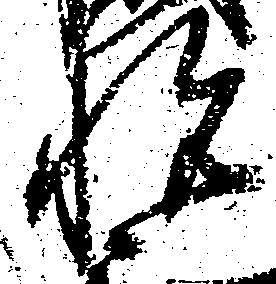
悦